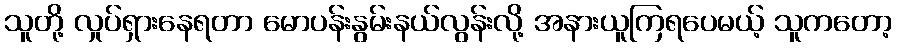
သူတို့ လှုပ်ရှားနေရတာ မောပန်းနွမ်းနယ်လွန်းလို့ အနားယူကြရပေမယ့် သူကတော့